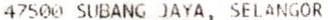
47500 SUBANG JAYA, SELANGOR